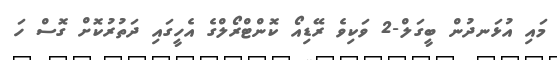
މައި އުޅަނދުން ބީގަލް-2 ވަކިވެ ރޭޑިއޯ ކޮންޓްރޯލްގެ އެހީގައި ދަތުރުކޮށް ގޮސް ހަ